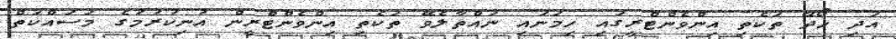
އަދި ހޯދޭ ތަކެތި އިންވެންޓްރީގައި ހިމަނައި ނައްތާލެވޭ ތަކެތި އިންވެންޓްރީން އުނިކުރުމުގެ މަސައްކަތް